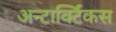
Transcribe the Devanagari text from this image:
अन्टार्क्टिकस